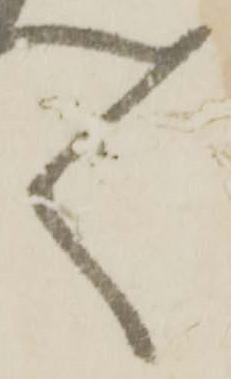
々